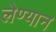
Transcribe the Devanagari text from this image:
लेण्यान